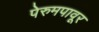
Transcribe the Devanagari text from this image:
पेरुमपावूर